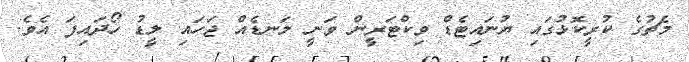
މެޗުގެ ކުރީކޮޅުގައި ޔުނައިޓެޑް ވިކްޓަރީން ވަނީ ލަނޑެއް ޖަހައި ލީޑު ހޯދައިފަ އެވެ.